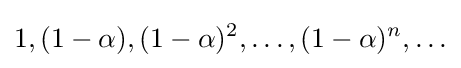
1,(1-\alpha ),(1-\alpha )^{2},\ldots ,(1-\alpha )^{n},\ldots